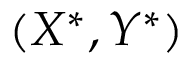
( X ^ { * } , Y ^ { * } )